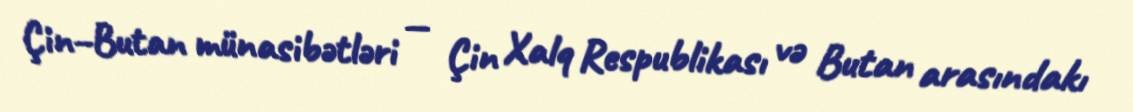
Çin–Butan münasibətləri — Çin Xalq Respublikası və Butan arasındakı